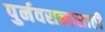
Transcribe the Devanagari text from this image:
पुर्नवसनासाठी